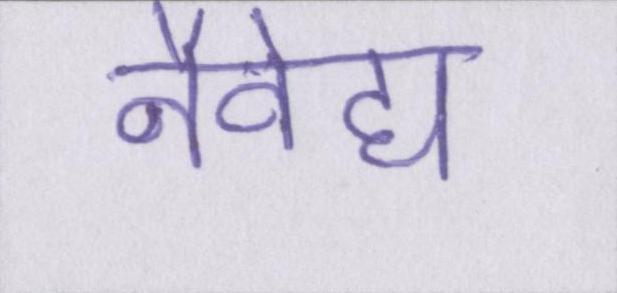
नैवेद्य